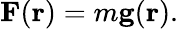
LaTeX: \mathbf{F}(\mathbf{r})=m\mathbf{g}(\mathbf{r}).